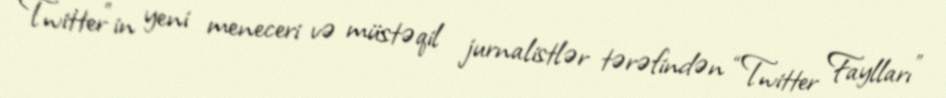
Twitter"in yeni meneceri və müstəqil jurnalistlər tərəfindən “Twitter Faylları”